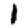
Digit: 1